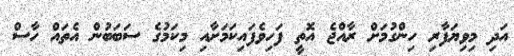
އަދި މިވިޔަފާރި ހިންގުމަށް ރާއްޖެ އޮތީ ފަހިވެފައިކަމަށާއި މިކަމުގެ ސަބަބުން އެތައް ހާސް